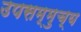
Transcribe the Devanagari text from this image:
उपसम्मुच्य